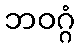
ဘဝဂ္ဂံ